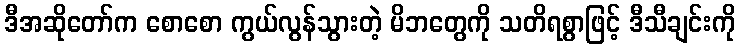
ဒီအဆိုတော်က စောစော ကွယ်လွန်သွားတဲ့ မိဘတွေကို သတိရစွာဖြင့် ဒီသီချင်းကို